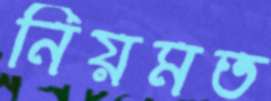
নিয়মত